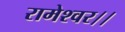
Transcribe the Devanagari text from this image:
रामेश्वर।।